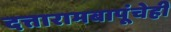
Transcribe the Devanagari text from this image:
दत्तारामबापूंचेही